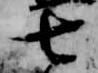
七